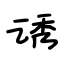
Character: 诱